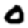
Digit: 0